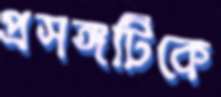
প্রসঙ্গটিকে